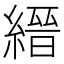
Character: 縉